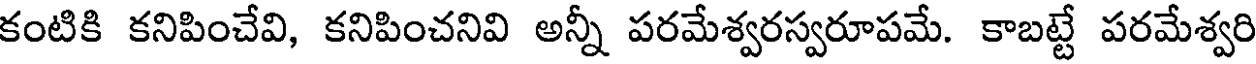
కంటికి కనిపించేవి, కనిపించనివి అన్నీ పరమేశ్వరస్వరూపమే. కాబట్టే పరమేశ్వరి